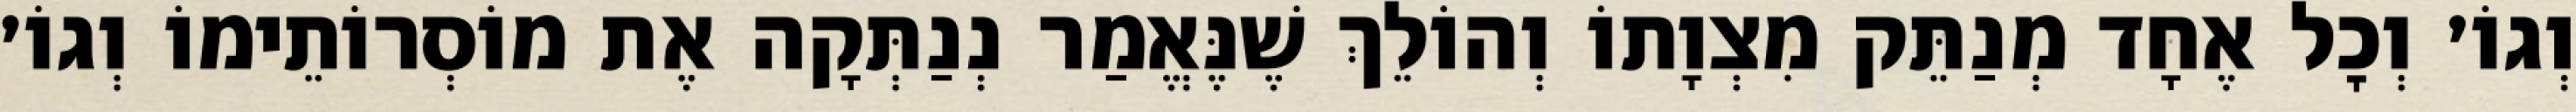
וְגוֹ׳ וְכׇל אֶחָד מְנַתֵּק מִצְוָתוֹ וְהוֹלֵךְ שֶׁנֶּאֱמַר נְנַתְּקָה אֶת מוֹסְרוֹתֵימוֹ וְגוֹ׳